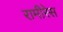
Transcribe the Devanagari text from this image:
रामीरेस